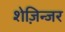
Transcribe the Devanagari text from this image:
शेज़िन्जर